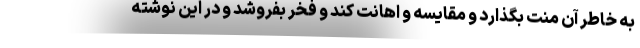
به خاطر آن منت بگذارد و مقایسه و اهانت کند و فخر بفروشد و در این نوشته